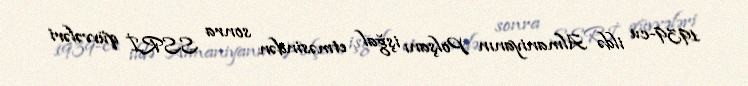
1939-cu ildə Almaniyanın Polşanı işğal etməsindən sonra SSRİ qüvvələri